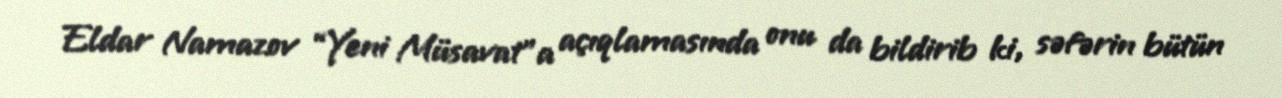
Eldar Namazov “Yeni Müsavat”a açıqlamasında onu da bildirib ki, səfərin bütün